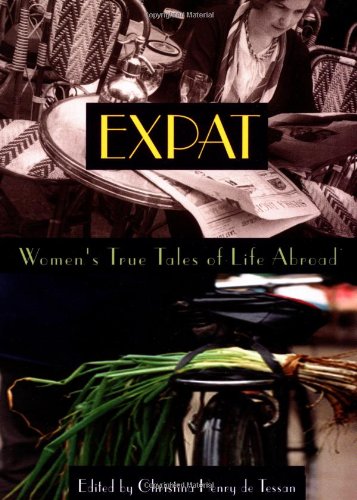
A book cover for Expat: Women's True Tales of Life Abroad (Adventura Books); Christina Henry De Tessan; Travel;